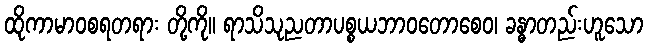
ထိုကာမာဝစရတရား တို့ကို။ ရာသိသုညတာပစ္စယဘာဝတောစေဝ၊ ခန္ဓာတည်းဟူသော